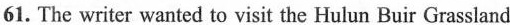
61. The writer wanted to visit the Hulun Buir Grassland